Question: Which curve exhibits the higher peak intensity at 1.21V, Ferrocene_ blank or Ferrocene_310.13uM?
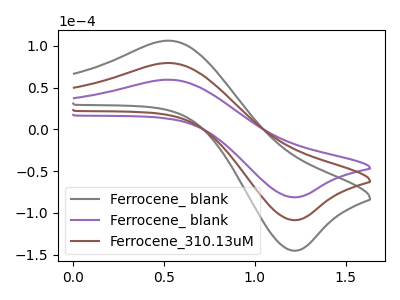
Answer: <think>The gray curve "Ferrocene_ blank" has an anodic peak at (0.55V, 158.75uA) and a cathodic peak at (1.20V, -217.25uA). The purple curve "Ferrocene_ blank" has an anodic peak at (0.55V, 59.40uA) and a cathodic peak at (1.20V, -81.30uA). The brown curve "Ferrocene_310.13uM" has an anodic peak at (0.55V, 79.40uA) and a cathodic peak at (1.20V, -108.60uA).</think>
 <answer>The peak at 1.21V is lower in "Ferrocene_ blank" than in "Ferrocene_310.13uM".</answer>
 <eval>lower</eval>